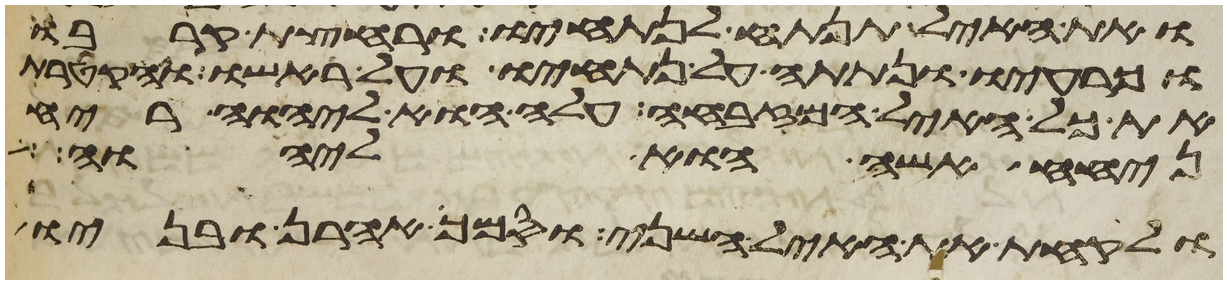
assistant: ואת האיל תנתח לנתחיו ורחצת קרבו
וכרעיו ונתתה על נתחיו ועל ראשו והקטרת
את כל האיל המזבחה עלה הוא ליהוה ריח
ניחח אשה הוא ליהוה
ולקחת את האיל השני וסמך אהרן ובניו